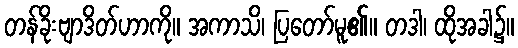
တန်ခိုးဗျာဒိတ်ဟာကို။ အကာသိ၊ ပြတော်မူ၏။ တဒါ၊ ထိုအခါ၌။